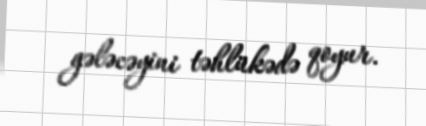
gələcəyini təhlükədə qoyur.